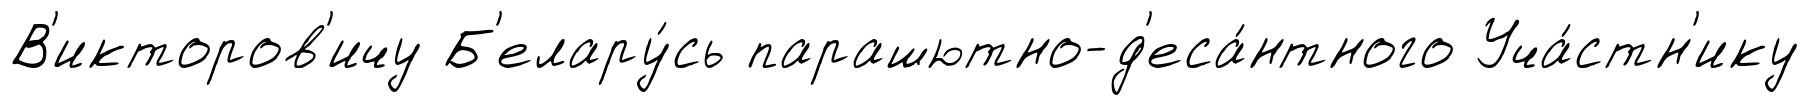
В'икторов'ичу Б'елару́сь парашютно-д'еса́нтного Уча́стн'ику